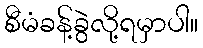
စီမံခန့်ခွဲလို့ရမှာပါ။